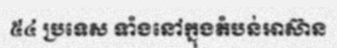
៥៤ ប្រទេស ទាំងនៅក្នុងតំបន់អាស៊ាន